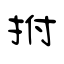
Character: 拊